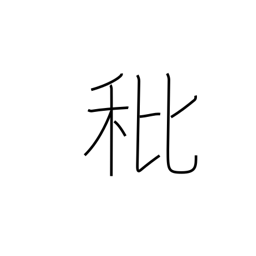
Meaning: empty grain or rice husk